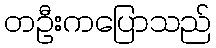
တဦးကပြောသည်